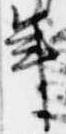
年